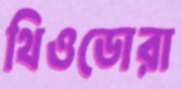
থিওডোরা